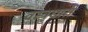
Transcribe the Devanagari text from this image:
वस्‍त्रधारी